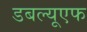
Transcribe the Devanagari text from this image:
डबल्यूएफ